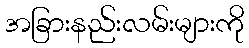
အခြားနည်းလမ်းများကို